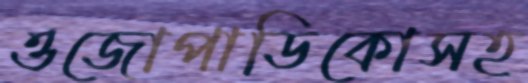
ওজোপাডিকোসহ